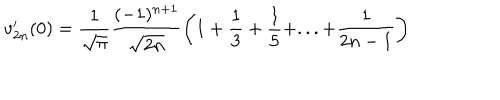
v _ { 2 n } ^ { \prime } ( 0 ) = \frac { 1 } { \sqrt { \pi } } \frac { ( - 1 ) ^ { n + 1 } } { \sqrt { 2 n } } \left( 1 + \frac { 1 } { 3 } + \frac { 1 } { 5 } + . . . + \frac { 1 } { 2 n - 1 } \right)